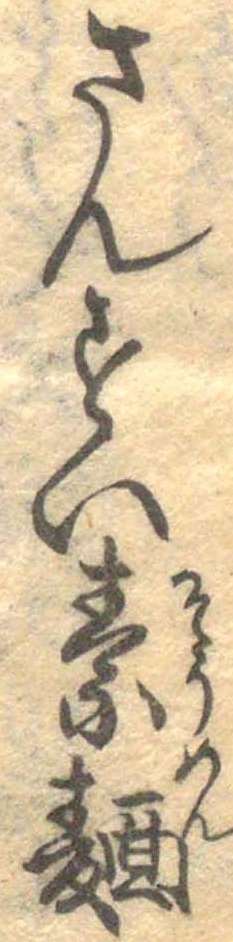
さんすい素麺